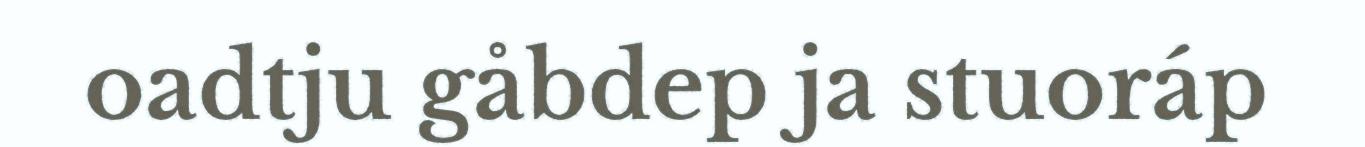
oadtju gåbdep ja stuoráp